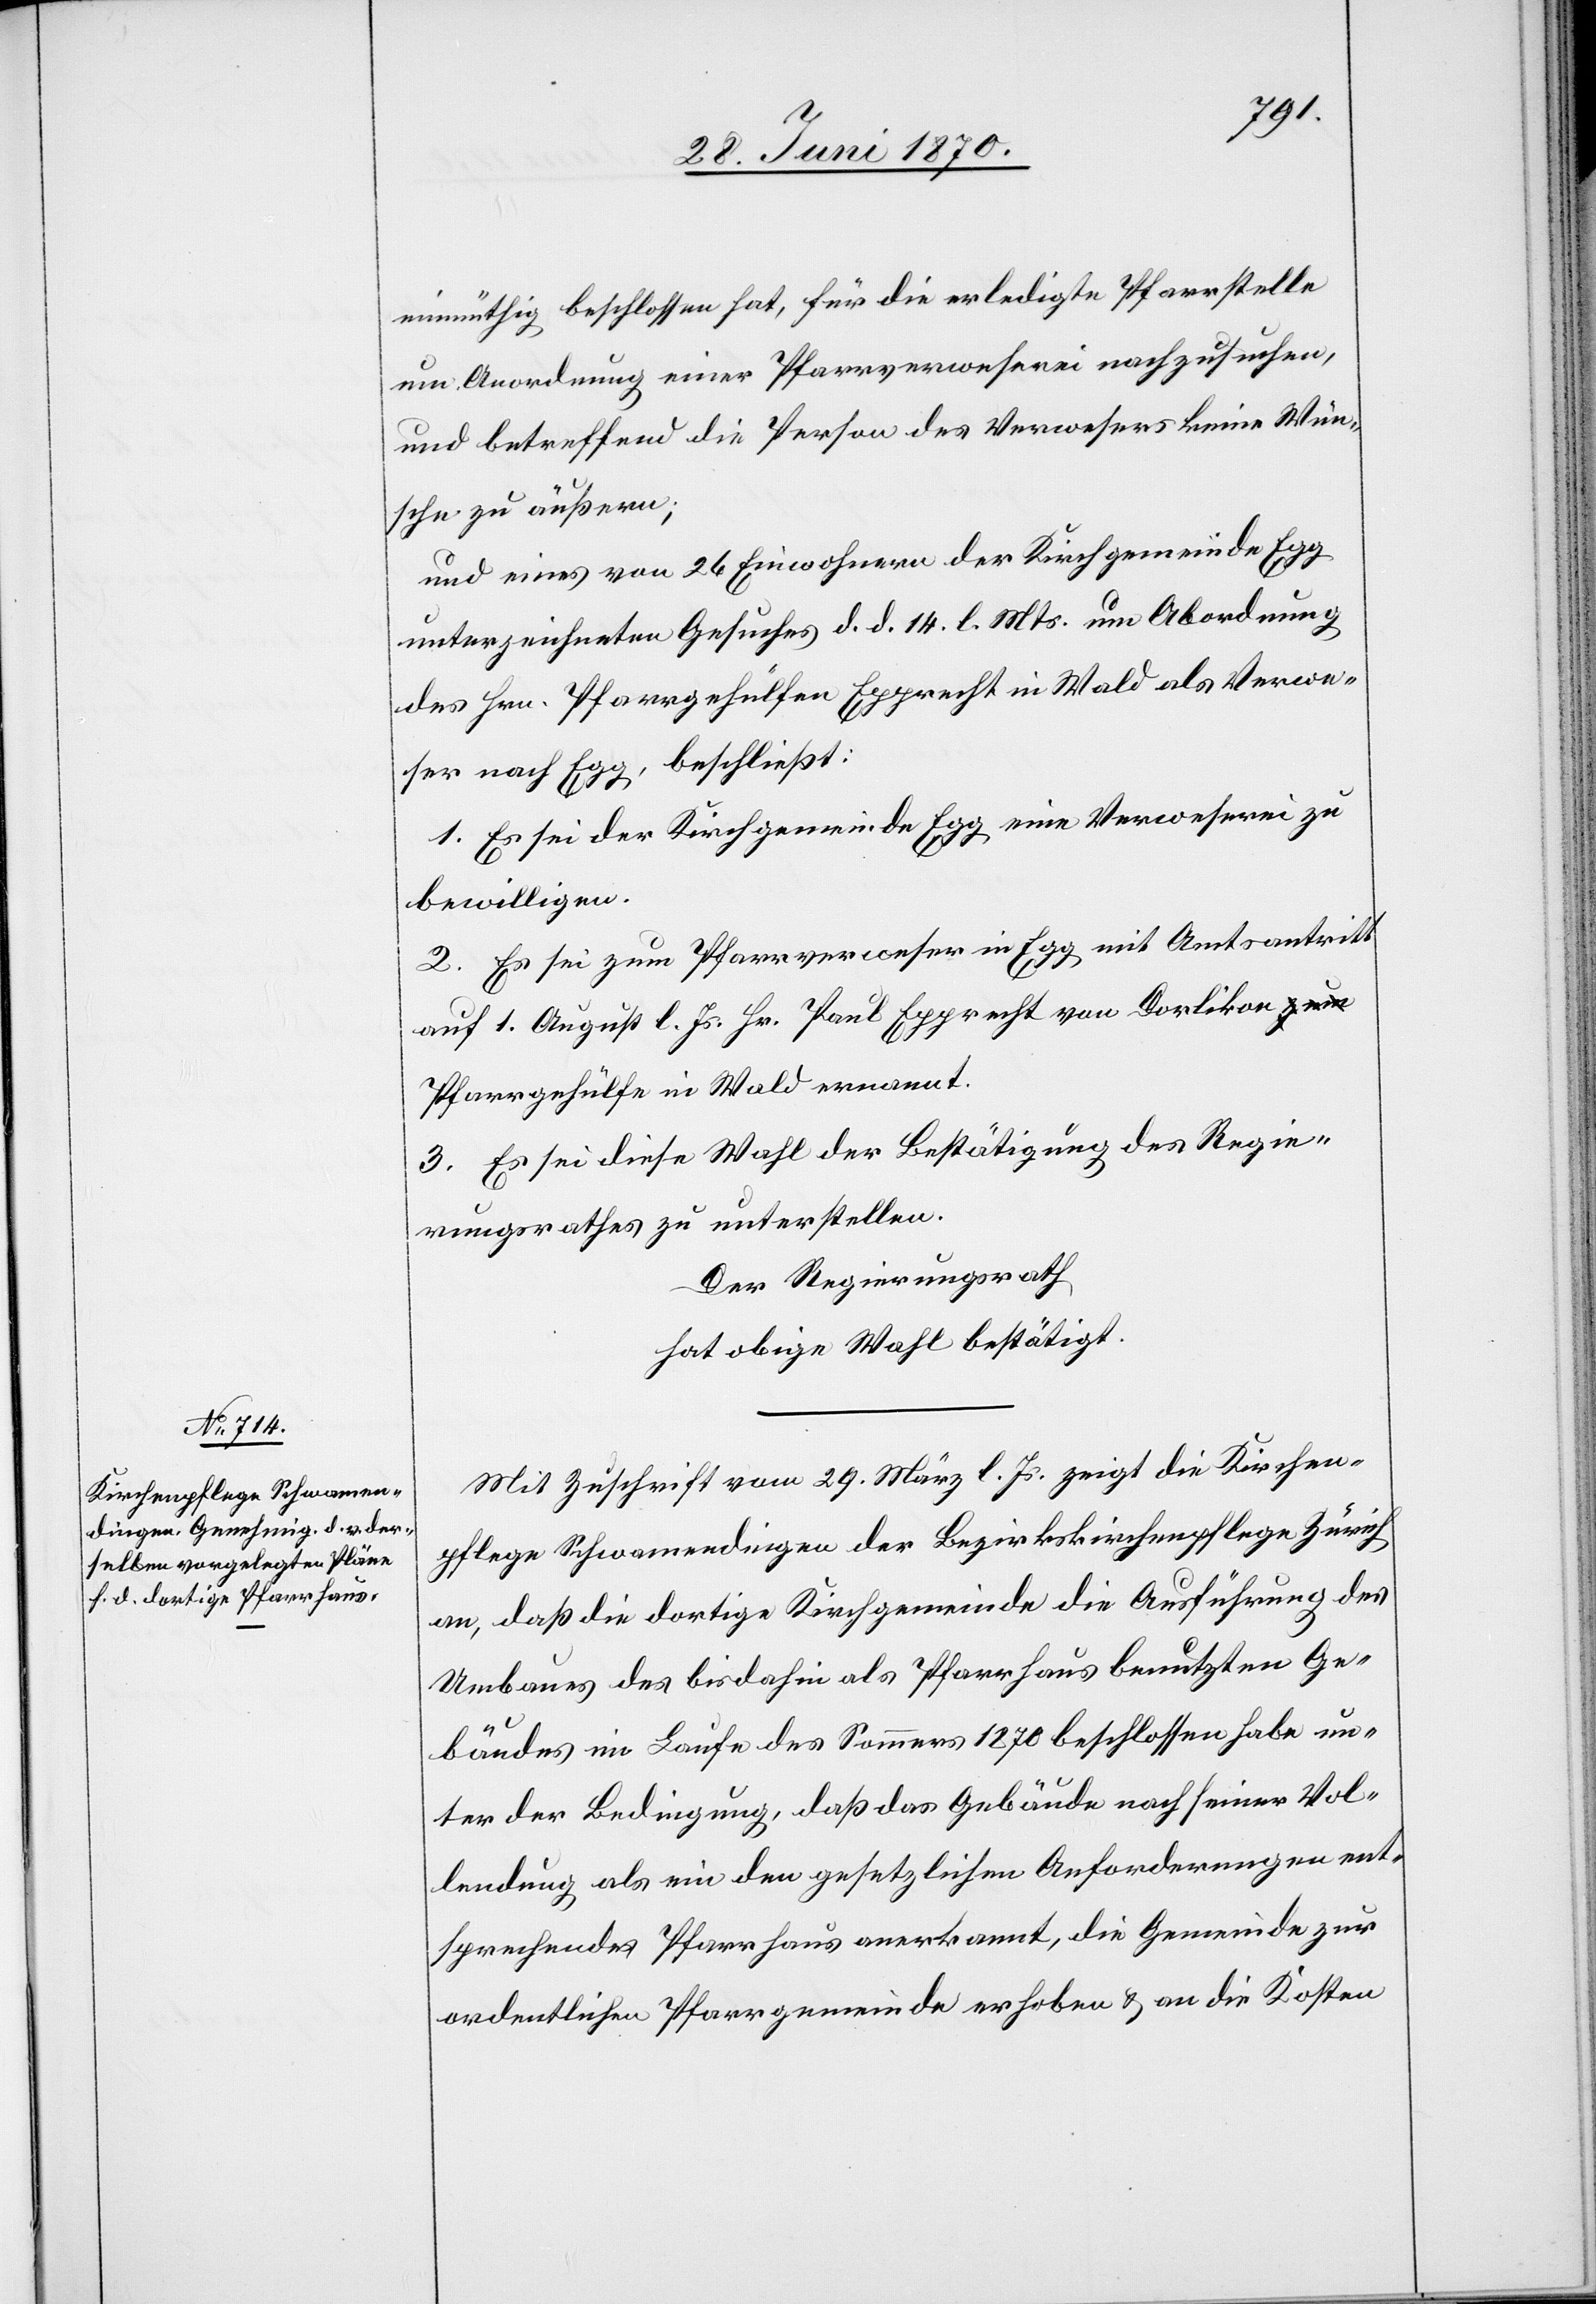
einmüthig beschlossen hat, für die erledigte Pfarrstelle
um Anordnung einer Pfarrverweserei nachzusuchen,
und betreffend die Person des Verwesers keine Wün¬
sche zu äußern;
und eines von 26 Einwohnern der Kirchgemeinde Egg
unterzeichneten Gesuches d. d. 14. l. Mts. um Abordnung
des Hrn. Pfarrgehülfen Epprecht in Wald als Verweser
1. Es sei der Kirchgemeinde Egg eine Verweserei zu
bewilligen.
2. Es sei zum Pfarrverweser in Egg mit Amtsantritt
auf 1. August l. Js. Hr. Paul Epprecht von Dorlikon a-zum-a
Pfarrgehülfe in Wald ernannt.
3. Es sei diese Wahl der Bestätigung des Regie¬
rungsrathes zu unterstellen.
Der Regierungsrath
hat obige Wahl bestätigt.
Mit Zuschrift vom 29. März l. Js. zeigt die Kirchen¬
pflege Schwamendingen der Bezirkskirchenpflege Zürich
an, daß die dortige Kirchgemeinde die Ausführung des
Umbaues des bis dahin als Pfarrhaus benutzten Ge¬
bäudes im Laufe des Sommers 1870 beschlossen habe un¬
ter der Bedingung, daß das Gebäude nach seiner Vol¬
lendung als ein den gesetzlichen Anforderungen ent¬
sprechendes Pfarrhaus anerkannt, die Gemeinde zur
ordentlichen Pfarrgemeinde erhoben & an die Kosten